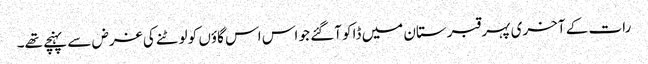
رات کے آخری پہر قبرستان میں ڈاکو آگئے جو اس اس گاؤں کو لوٹنے کی غرض سے پہنچے تھے۔